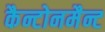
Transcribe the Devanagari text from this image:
कैन्टोनमैन्ट